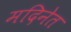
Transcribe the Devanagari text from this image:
मदिनेत